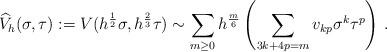
LaTeX: \begin{align*}\widehat V_h (\sigma,\tau) :=V(h^\frac 12 \sigma,h^\frac 23 \tau) \sim \sum_{m\geq 0} h^\frac{m}{6} \left (\sum_{ 3k +4p =m} v_{kp} \sigma^k\tau^p\right) \,.\end{align*}